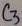
Text: C3